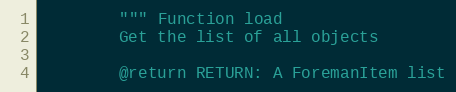
Language: Python
        """ Function load
        Get the list of all objects

        @return RETURN: A ForemanItem list